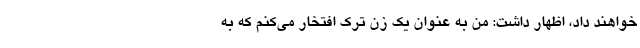
خواهند داد، اظهار داشت: من به عنوان یک زن تُرک افتخار می‌کنم که به